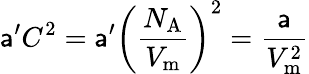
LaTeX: \mathsf{a}^{\prime}C^{2}=\mathsf{a}^{\prime}\left({\frac{{N_{\mathrm{{A}}}}}{{V_{\mathrm{{m}}}}}}\right)^{2}={\frac{{\mathsf{a}}}{{V_{\mathrm{{m}}}^{2}}}}